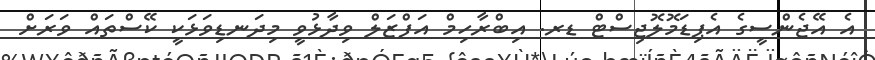
އެ އޭޖެންސީގެ އެޕިޑަމޮލޮޖިސްޓް ޑރ. އިބްރާހިމް އަފްޒަލް ވިދާޅުވީ މިދަނޑިވަޅަކީ ކޭސްތައް ވަރަށް